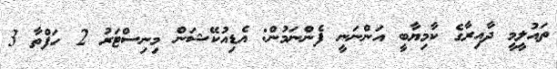
ތައުލީމީ ދާއިރާގެ ކާމިޔާބީ އަންނަނީ ފެންނަމުން: އެޑިއުކޭޝަން މިނިސްޓަރު 2 ހަފްތާ 3